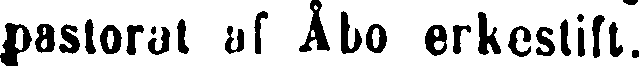
pastorat af Åbo erkestift.